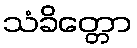
သံခိတ္တော